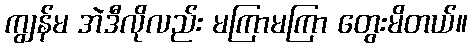
ကျွန်မ အဲဒီလိုလည်း မကြာမကြာ တွေးမိတယ်။